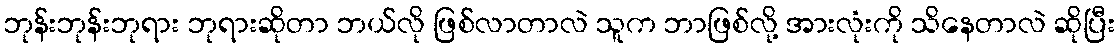
ဘုန်းဘုန်းဘုရား ဘုရားဆိုတာ ဘယ်လို ဖြစ်လာတာလဲ သူက ဘာဖြစ်လို့ အားလုံးကို သိနေတာလဲ ဆိုပြီး